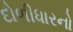
દોળીધારનો